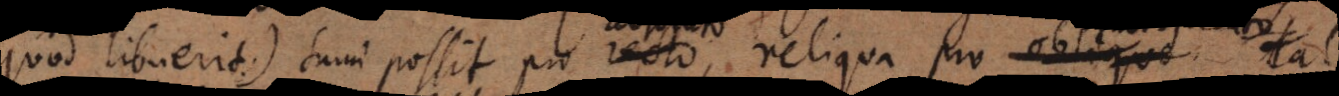
d libuerit) sumi possit pro absoluto, reliqua pro obliquo.. Tale